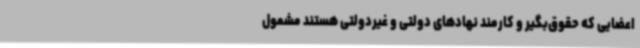
اعضایی که حقوق‌بگیر و کارمند نهادهای دولتی و غیردولتی هستند مشمول